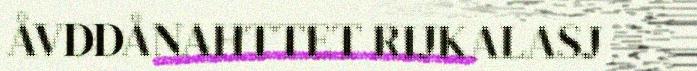
ÅVDDÅNAHTTET RIJKALASJ